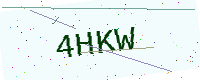
Text: 4HKW